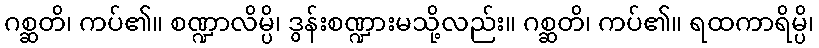
ဂစ္ဆတိ၊ ကပ်၏။ စဏ္ဍာလိမ္ပိ၊ ဒွန်းစဏ္ဍားမသို့လည်း။ ဂစ္ဆတိ၊ ကပ်၏။ ရထကာရိမ္ပိ၊